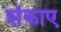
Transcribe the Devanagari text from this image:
शंकाए